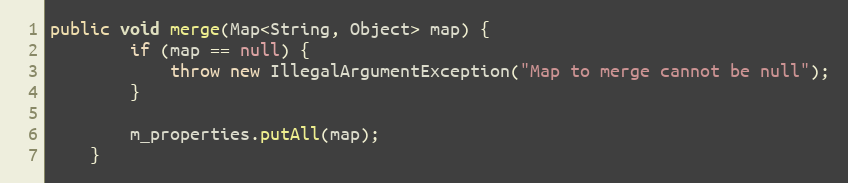
Language: Java
public void merge(Map<String, Object> map) {
        if (map == null) {
            throw new IllegalArgumentException("Map to merge cannot be null");
        }

        m_properties.putAll(map);
    }